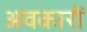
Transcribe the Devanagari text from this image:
अवकारों